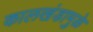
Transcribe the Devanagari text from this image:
कालखंडामुळे